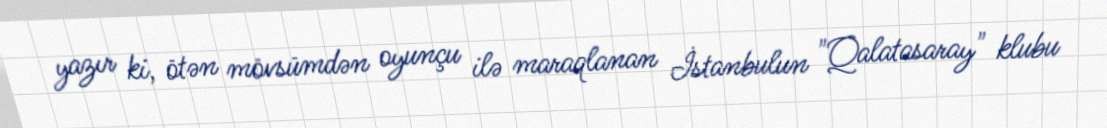
yazır ki, ötən mövsümdən oyunçu ilə maraqlanan İstanbulun "Qalatasaray" klubu